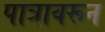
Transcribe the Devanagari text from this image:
पात्रावरून